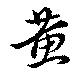
黄